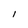
Character: I